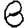
Digit: 8